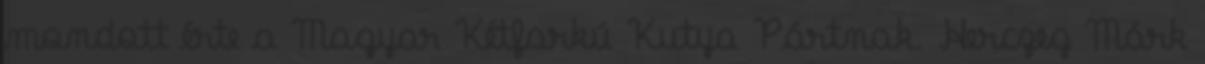
mondott érte a Magyar Kétfarkú Kutya Pártnak. Herczeg Márk